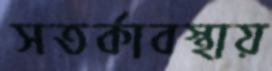
সতর্কাবস্থায়